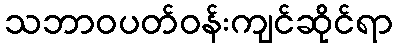
သဘာဝပတ်ဝန်းကျင်ဆိုင်ရာ